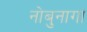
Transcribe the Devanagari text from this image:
नोबुनागा